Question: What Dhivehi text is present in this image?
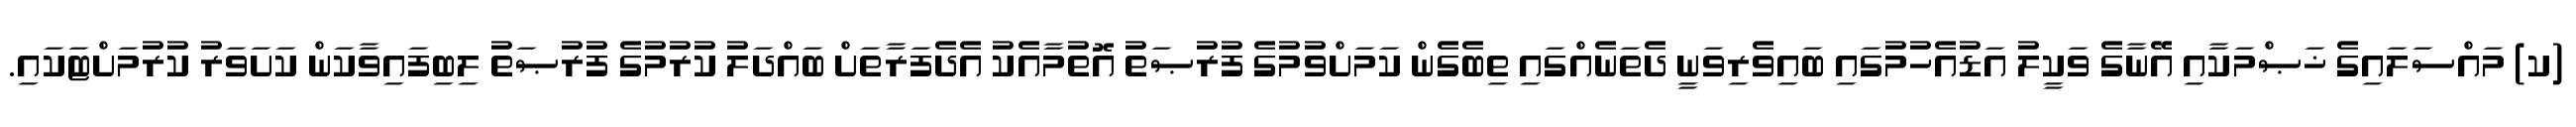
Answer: (ކ) މައްސަލައިގެ ޚަޞްމަކާއި އޭނާގެ ވަކީލު އަޑުއެހުމުގައި ބައިވެރިވަނީ ދެތަނެއްގައި ތިބެގެން ކަމަށްވުމުގެ ފުރުޞަތު އޮތުމާއެކު އެދެފަރާތަށް ބައްދަލު ކުރުމުގެ ފުރުޞަތު ލިބިފައިވާކަން ކަށަވަރު ކުރުމަށްޓަކައި.